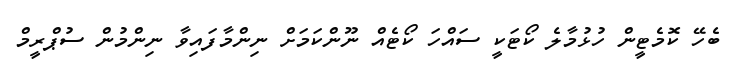
ބެހޭ ކޮމެޓީން ހުޅުމާލެ ކޯޓަކީ ސައްހަ ކޯޓެއް ނޫންކަމަށް ނިންމާފައިވާ ނިންމުން ސުޕްރީމް